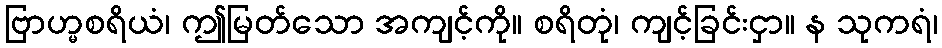
ဗြာဟ္မစရိယံ၊ ဤမြတ်သော အကျင့်ကို။ စရိတုံ၊ ကျင့်ခြင်းငှာ။ န သုကရံ၊